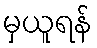
မှယူရန်